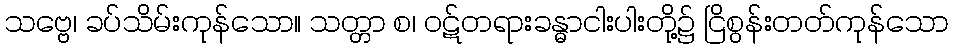
သဗ္ဗေ၊ ခပ်သိမ်းကုန်သော။ သတ္တာ စ၊ ဝဋ်တရားခန္ဓာငါးပါးတို့၌ ငြိစွန်းတတ်ကုန်သော